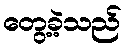
တွေ့ခဲ့သည်